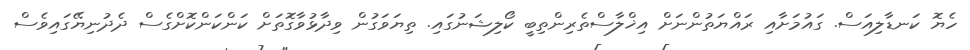
ހެޔޮ ކަނޑާލިއަސް. ގައުމަށާއި ރައްޔަތުންނަށް އިޚްލާސްތެރިންތިބީ ކޯލިޝަނުގައި. ތިޔަވަގުން ވިދާޅުވާގޮތަށް ކަންކަންކޮށްގެސް ދެދުނިޔޭގައިވެސް